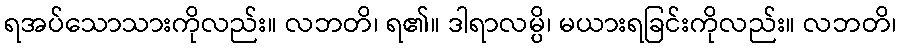
ရအပ်သောသားကိုလည်း။ လဘတိ၊ ရ၏။ ဒါရာလမ္ပိ၊ မယားရခြင်းကိုလည်း။ လဘတိ၊